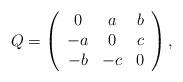
LaTeX: \begin{align*} Q = \left(\begin{array}{ccc}0&a&b\\-a&0&c\\-b&-c&0\end{array}\right), \end{align*}